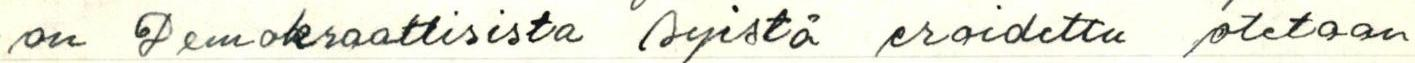
on Demokraattisista syistä eroidettu otetaan